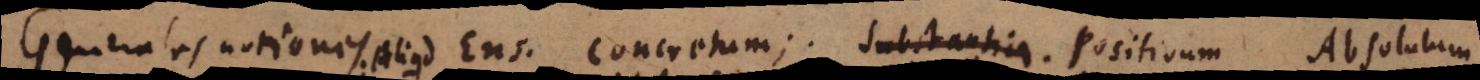
Generales notiones: Aliquid Ens. Concretum; Substantia. Positivum Absolutum